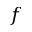
f